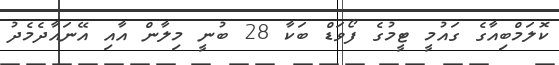
ކޮލަމްބިއާގެ ގައުމީ ޓީމުގެ ފޯވަޑް ބަކާ 28 ބުނީ މިލާން އާއި އޭނައާދެމެދު